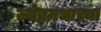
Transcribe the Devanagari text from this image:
ज्येष्ठमधाच्या